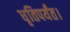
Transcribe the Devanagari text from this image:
धृतिपर्यंत।